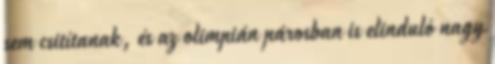
sem csitítanak, és az olimpián párosban is elinduló nagy­